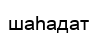
шаһадат